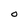
Character: O